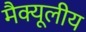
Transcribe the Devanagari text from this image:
मैक्यूलीय